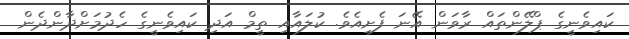
ކައިވެނީގެ ޕްލޭންތައް ރާވަން އޭނަ ފެށިއެވެ. ކުލައާއި ތީމް އަދި ކައިވެނީގެ ހެދުމަށްދާންދެން